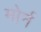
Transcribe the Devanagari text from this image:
मोर्न